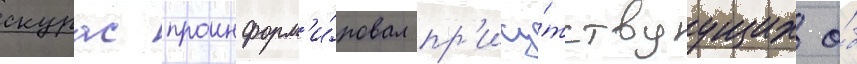
скурас проинформ'и́ровал пр'ису́тствуущих о́б